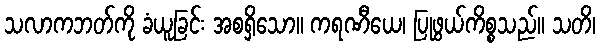
သလာကဘတ်ကို ခံယူခြင်း အစရှိသော။ ကရဏီယေ၊ ပြုဖွယ်ကိစ္စသည်။ သတိ၊